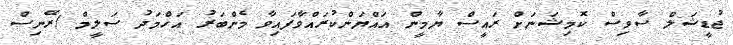
ޖުޑީޝަލް ސާވިސް ކޮމިޝަނަށް ރައީސް ޔާމީން އައްޔަންކުރައްވާފައިވާ މެންބަރު އަހްމަދު ސަލީމް (ރޭނިސް